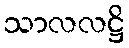
သာလလဋ္ဌိ